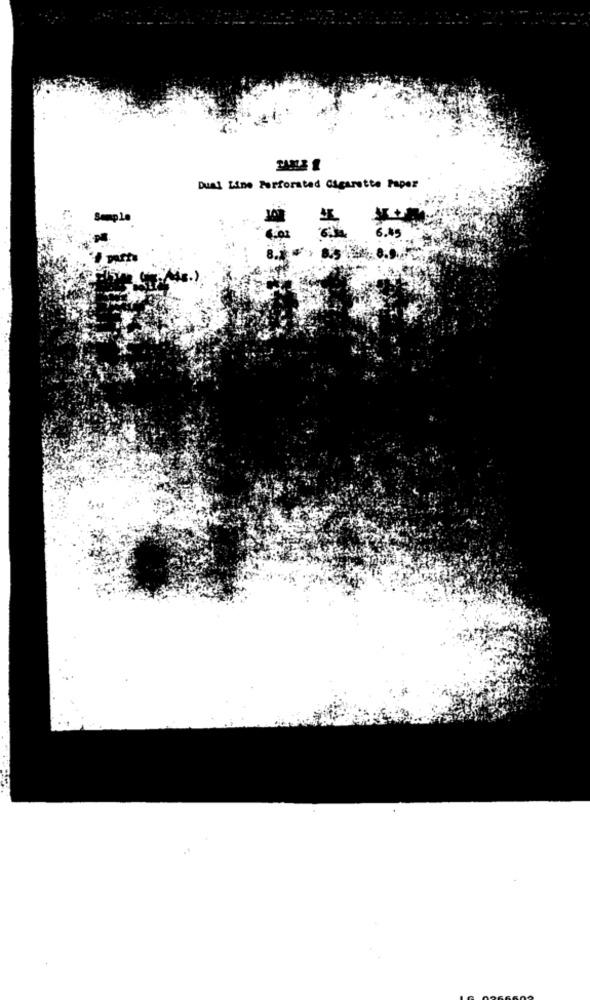
Dual Line Perforated Cigarette Paper